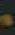
-